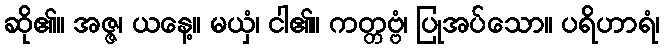
ဆို၏။ အဇ္ဇ၊ ယနေ့။ မယှံ၊ ငါ၏။ ကတ္တဗ္ဗံ၊ ပြုအပ်သော။ ပရိဟာရံ၊